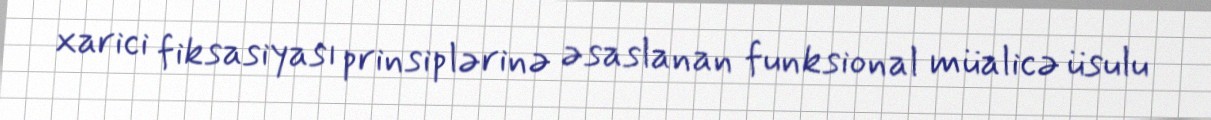
xarici fiksasiyası prinsiplərinə əsaslanan funksional müalicə üsulu